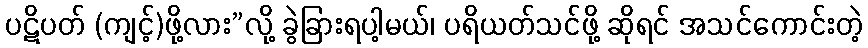
ပဋိပတ် (ကျင့်)ဖို့လား”လို့ ခွဲခြားရပါ့မယ်၊ ပရိယတ်သင်ဖို့ ဆိုရင် အသင်ကောင်းတဲ့